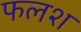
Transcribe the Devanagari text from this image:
फलश